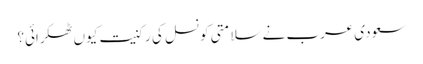
سعودی عرب نے سلامتی کونسل کی رکنیت کیوں ٹھکرائی؟